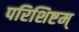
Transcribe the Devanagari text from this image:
परिशिष्टम्